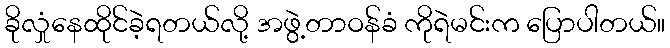
ခိုလှုံနေထိုင်ခဲ့ရတယ်လို့ အဖွဲ့တာဝန်ခံ ကိုရဲမင်းက ပြောပါတယ်။